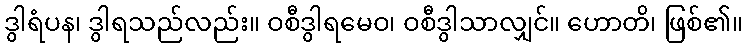
ဒွါရံပန၊ ဒွါရသည်လည်း။ ဝစီဒွါရမေဝ၊ ဝစီဒွါသာလျှင်။ ဟောတိ၊ ဖြစ်၏။